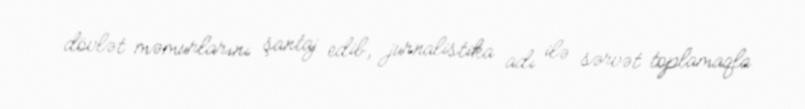
dövlət məmurlarını şantaj edib, jurnalistika adı ilə sərvət toplamaqla